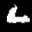
Label: 6